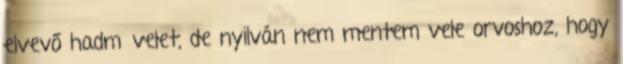
elvevő hadművelet, de nyilván nem mentem vele orvoshoz, hogy